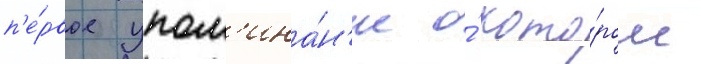
п'е́рвое упом'ина́н'ие о́ кото́ром